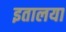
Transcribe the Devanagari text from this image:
इतालया